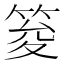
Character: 𥭟